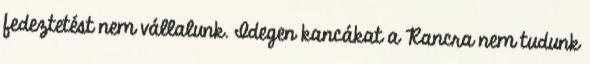
fedeztetést nem vállalunk. Idegen kancákat a Rancra nem tudunk